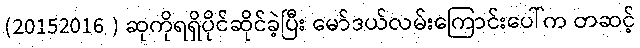
(20152016 ) ဆုကိုရရှိပိုင်ဆိုင်ခဲ့ပြီး မော်ဒယ်လမ်းကြောင်းပေါ်က တဆင့်